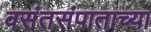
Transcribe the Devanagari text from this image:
वसंतसंपाताच्या